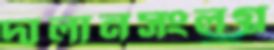
দালানসংলগ্ন